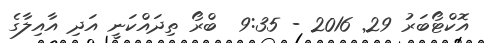
އޮކްޓޯބަރު 29